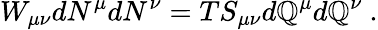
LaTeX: W_{\mu\nu}dN^{\mu}dN^{\nu}=TS_{\mu\nu}d\mathbb{Q}^{\mu}d\mathbb{Q}^{\nu}\ .